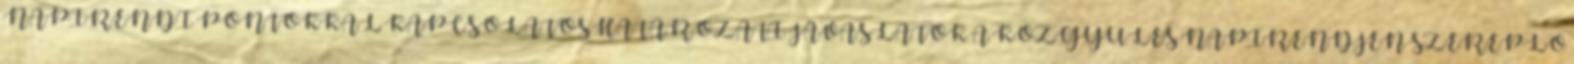
NAPIRENDI PONTOKKAL KAPCSOLATOS HATÁROZATI JAVASLATOK A KÖZGYŰLÉS NAPIRENDJÉN SZEREPLŐ